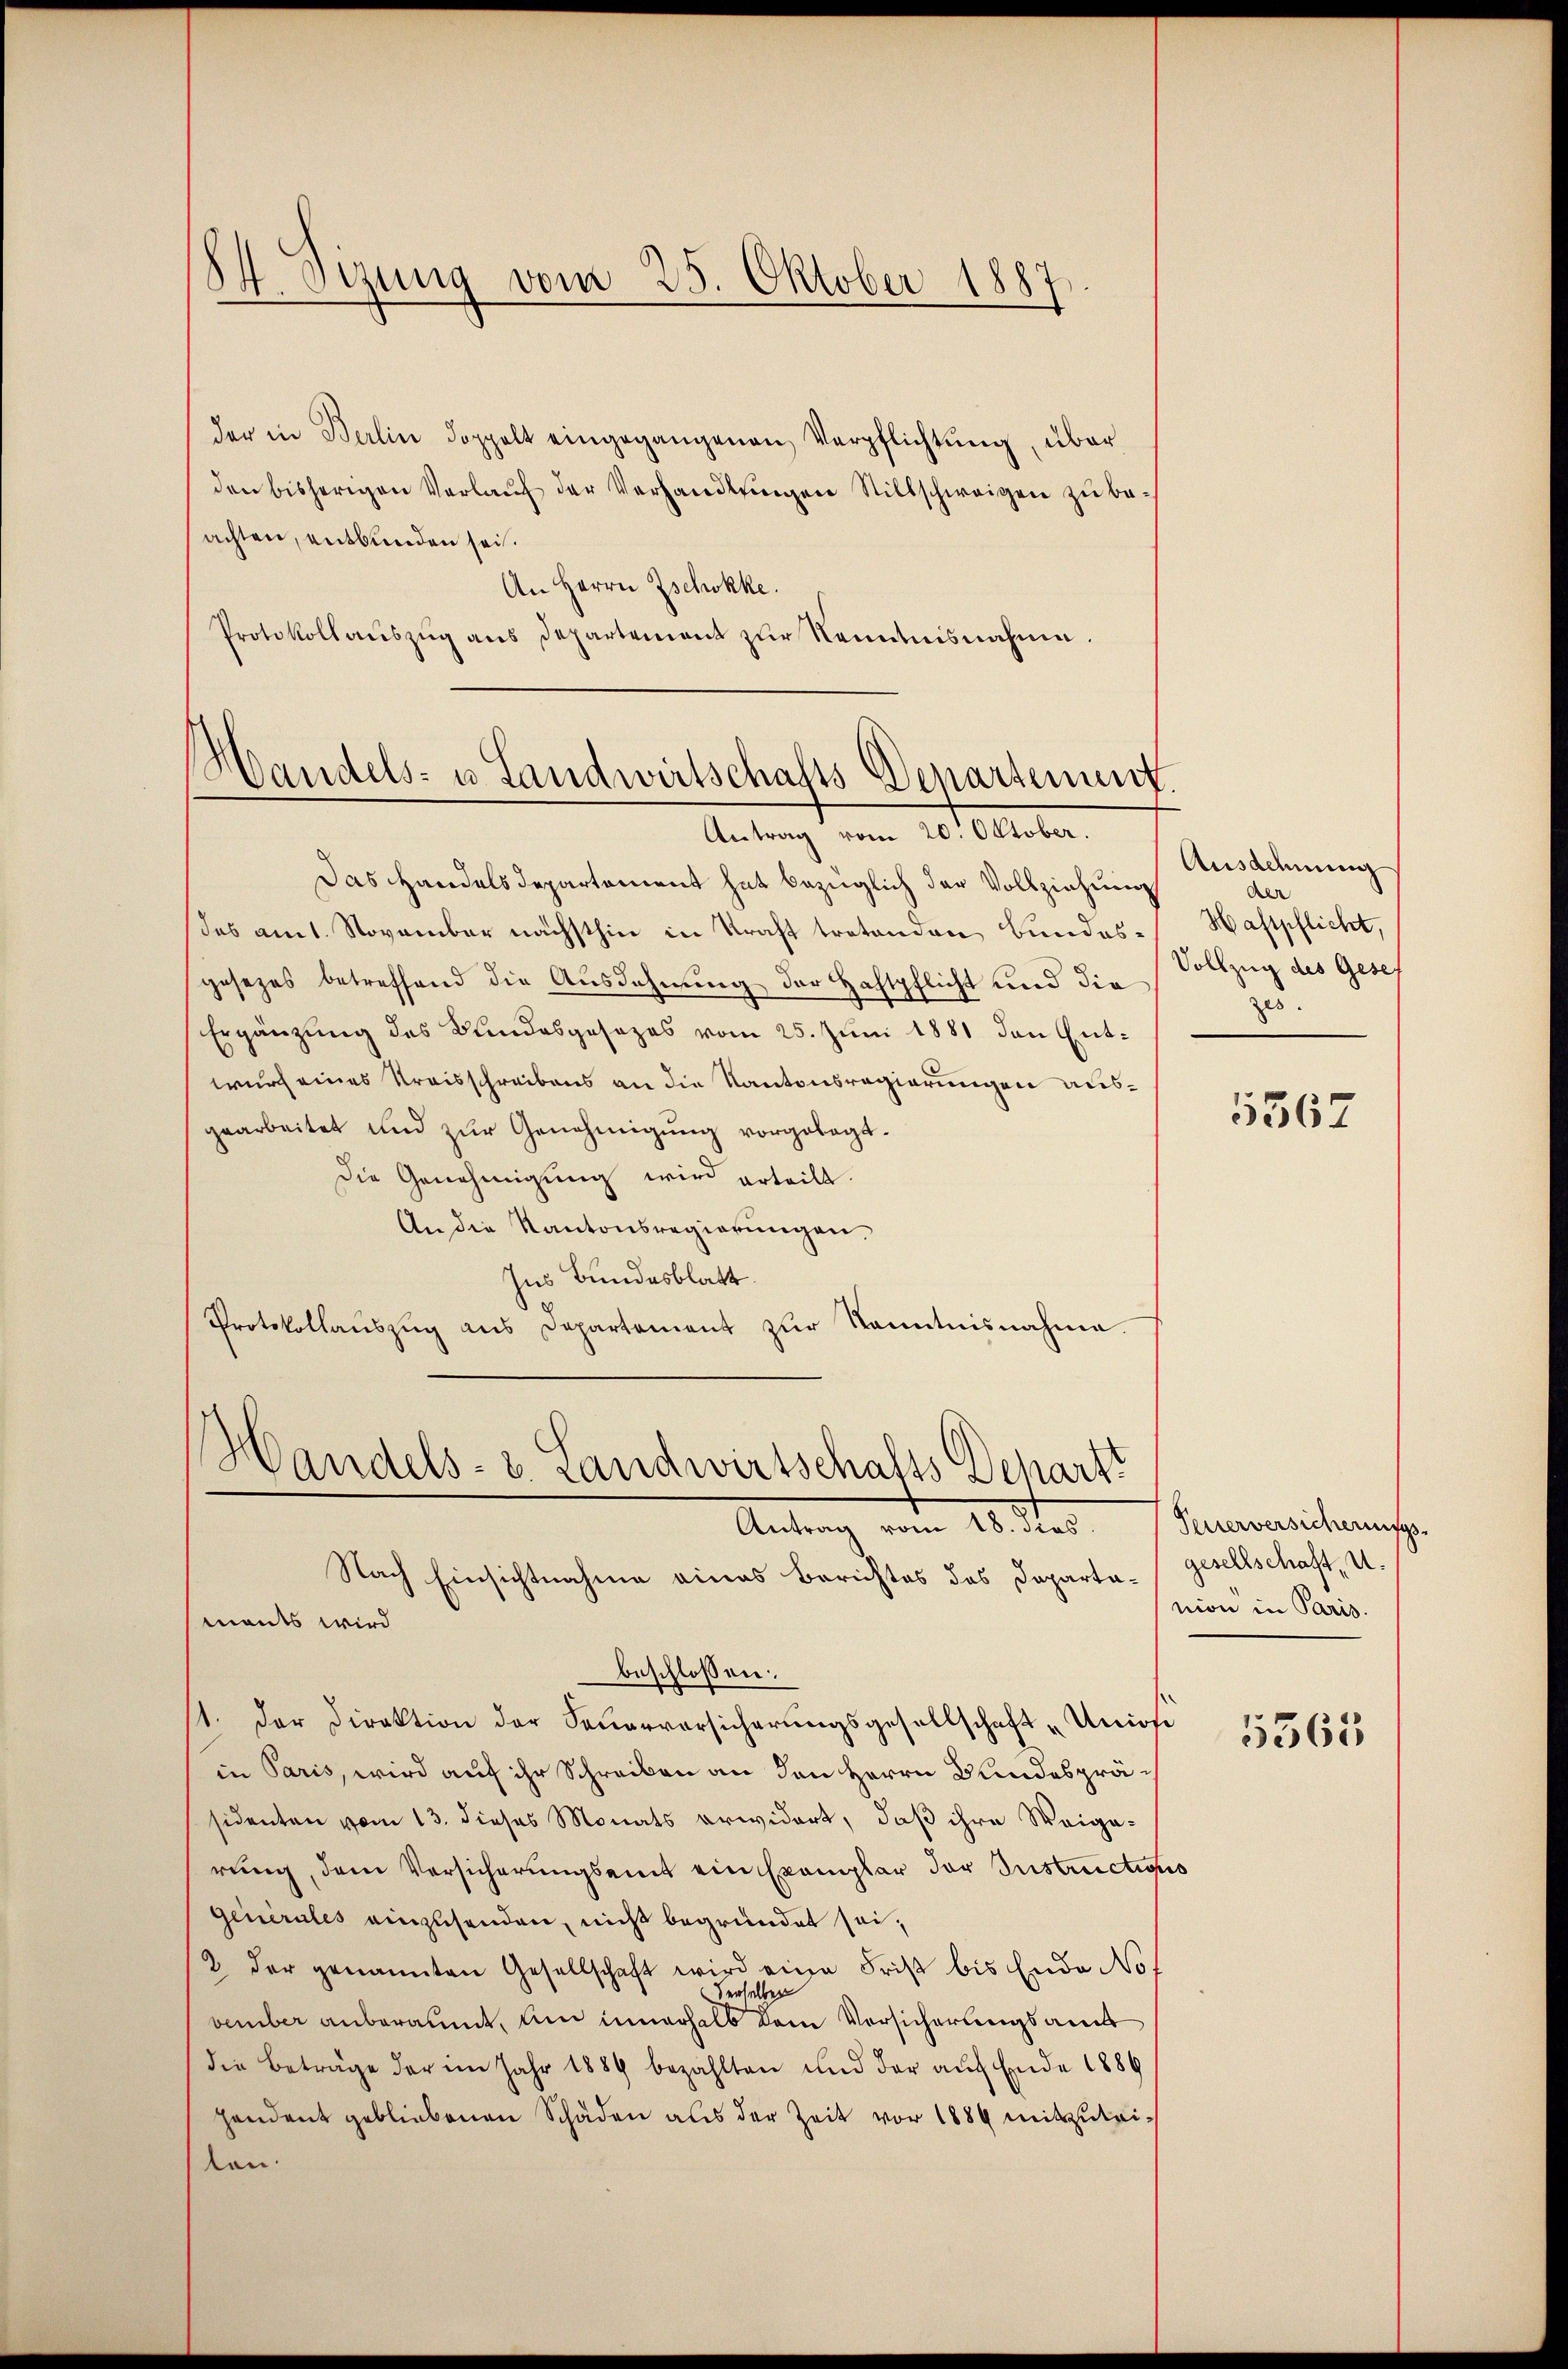
¬
Oizung vom 25. Oktober 1887

der in Berlin doppelt eingegangenen Verpflichtŭng, über
den bisherigen Verlaŭf der Verhandlungen Stillschweigen zu beachten, entbunden sei.
An Herrn Zschokke.
Protokoll auszug aus Departement zur Kenntnisnahme.

Handels- u. Landwirtschafts Denartement.
Antrag vom 20. Oktober.

Das Handelsdepartement hat bezüglich der Vollziehung
des amt. November nächsthin in Kraft tretenden Bundesgesezes betreffend die Ausdehnung der Haftpflicht und die
Ergänzung des Bundesgesezes vom 25. Juni 1881 den Entwurf eines Kreisschreibens an die Kantonsregierungen ausgearbeitet und zur Genehmigung vorgelegt.
Die Genehmigung wird erteilt.
An die Kantonsregierŭngen.
Ins Bundesblatt.
Protokollaŭszŭg ans Departement zŭr Kenntnisnahme.

Handels- u. Landwirtschafts Depart
Antrag vom 18. dies

Ausdehnung
der
Haftpflicht,
Vollzug des Geset
zu.

Nach Einsichtnahme eines Berichtes des Departamants wird
beschlossen:
1. Der Direktion der Feuervorsicherungsgesellschaft „Union
in Paris, wird auf ihr Schreiben an den Herrn Bundespräsidenten vom 13. dieses Monats erwidert, daß ihre Weige-
rung, dem Versicherungseit ein Exemplar der Instructions
Generales einzusenden, nicht begründet sei,
2 der genannten Gesellschaft wird eine Frist bis Ende No.
derselben
vember anberaumt, um innerhalb dem Versicherungsamt
die Beträge der im Jahr 1889 bezahlten und der auf Ende 1886
pendant gebliebenen Schäden aus der Zeit vor 1889 mitzuteiten.

5567

Feuerversicherungs-
gesellschaft, u.
nion in Paris.

5365